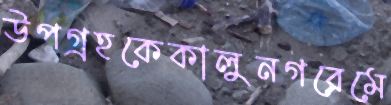
উপগ্রহকেকালুনগরেমে